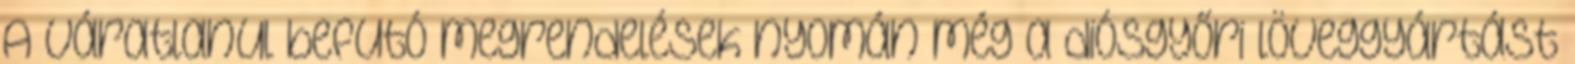
A váratlanul befutó megrendelések nyomán még a diósgyőri löveggyártást